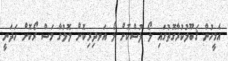
އެމީހުން ޤަބޫލުކުރާގޮތުގައި ލޯ ފުސްކޮށް ލޯ އަނދިރިކޮށް ލޮލުގާ މަސް ރޯކޮށް ހަދަނީ